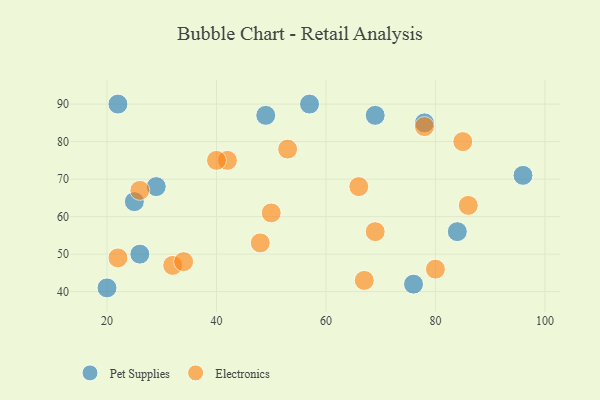
{"axis": {"x": "GDP", "y": "Life Expectancy"}, "legend": ["Electronics", "Pet Supplies"], "data": [{"x": "26", "y": 50, "type": "Pet Supplies"}, {"x": "20", "y": 41, "type": "Pet Supplies"}, {"x": "49", "y": 87, "type": "Pet Supplies"}, {"x": "78", "y": 85, "type": "Pet Supplies"}, {"x": "22", "y": 90, "type": "Pet Supplies"}, {"x": "29", "y": 68, "type": "Pet Supplies"}, {"x": "69", "y": 87, "type": "Pet Supplies"}, {"x": "84", "y": 56, "type": "Pet Supplies"}, {"x": "25", "y": 64, "type": "Pet Supplies"}, {"x": "96", "y": 71, "type": "Pet Supplies"}, {"x": "57", "y": 90, "type": "Pet Supplies"}, {"x": "76", "y": 42, "type": "Pet Supplies"}, {"x": "26", "y": 67, "type": "Electronics"}, {"x": "32", "y": 47, "type": "Electronics"}, {"x": "80", "y": 46, "type": "Electronics"}, {"x": "78", "y": 84, "type": "Electronics"}, {"x": "34", "y": 48, "type": "Electronics"}, {"x": "67", "y": 43, "type": "Electronics"}, {"x": "50", "y": 61, "type": "Electronics"}, {"x": "69", "y": 56, "type": "Electronics"}, {"x": "22", "y": 49, "type": "Electronics"}, {"x": "42", "y": 75, "type": "Electronics"}, {"x": "48", "y": 53, "type": "Electronics"}, {"x": "86", "y": 63, "type": "Electronics"}, {"x": "40", "y": 75, "type": "Electronics"}, {"x": "85", "y": 80, "type": "Electronics"}, {"x": "53", "y": 78, "type": "Electronics"}, {"x": "66", "y": 68, "type": "Electronics"}]}